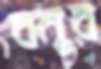
বমুর